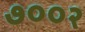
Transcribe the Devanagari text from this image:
७००२